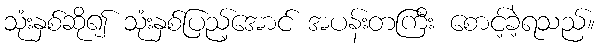
သုံးနှစ်ဆို၍ သုံးနှစ်ပြည့်အောင် အပန်းတကြီး စောင့်ခဲ့ရသည်။